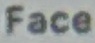
Face